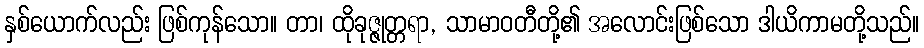
နှစ်ယောက်လည်း ဖြစ်ကုန်သော။ တာ၊ ထိုခုဇ္ဇုတ္တရာ, သာမာဝတီတို့၏ အလောင်းဖြစ်သော ဒါယိကာမတို့သည်။